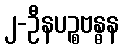
၂-ဦနပဉ္စဗန္ဓန